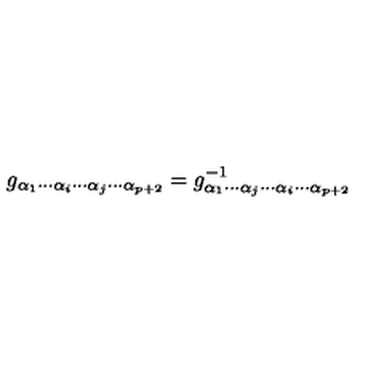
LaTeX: g _ { \alpha _ { 1 } \cdots \alpha _ { i } \cdots \alpha _ { j } \cdots \alpha _ { p + 2 } } = g _ { \alpha _ { 1 } \cdots \alpha _ { j } \cdots \alpha _ { i } \cdots \alpha _ { p + 2 } } ^ { - 1 }